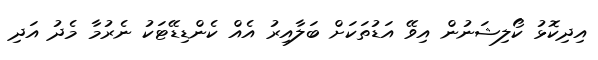
އިދިކޮޅު ކޯލިޝަނުން އިވޭ އަޑުތަކަށް ބަލާއިރު އެއް ކެންޑިޑޭޓަކު ނެރުމާ މެދު އަދި